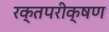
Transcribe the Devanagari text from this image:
रक्तपरीक्षण